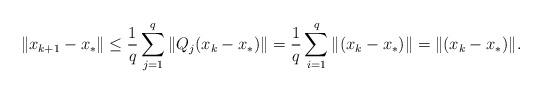
LaTeX: \begin{align*}\| x_{k+1}-x_\ast\|\leq \frac{1}{q} \sum_{j=1}^{q}\|Q_{j}(x_k-x_\ast)\|= \frac{1}{q}\sum_{i=1}^{q}\|(x_k-x_\ast)\|=\|(x_k-x_\ast)\|.\end{align*}